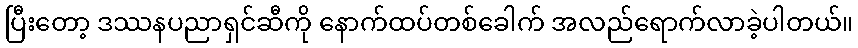
ပြီးတော့ ဒဿနပညာရှင်ဆီကို နောက်ထပ်တစ်ခေါက် အလည်ရောက်လာခဲ့ပါတယ်။